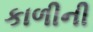
કાળીની